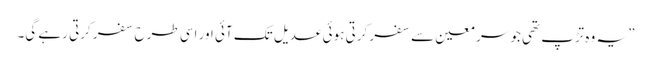
” یہ وہ تڑپ تھی جو سر معین سے سفر کرتی ہوئی عدیل تک آئی اور اسی طرح سفر کرتی رہے گی۔